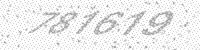
Solution: 781619